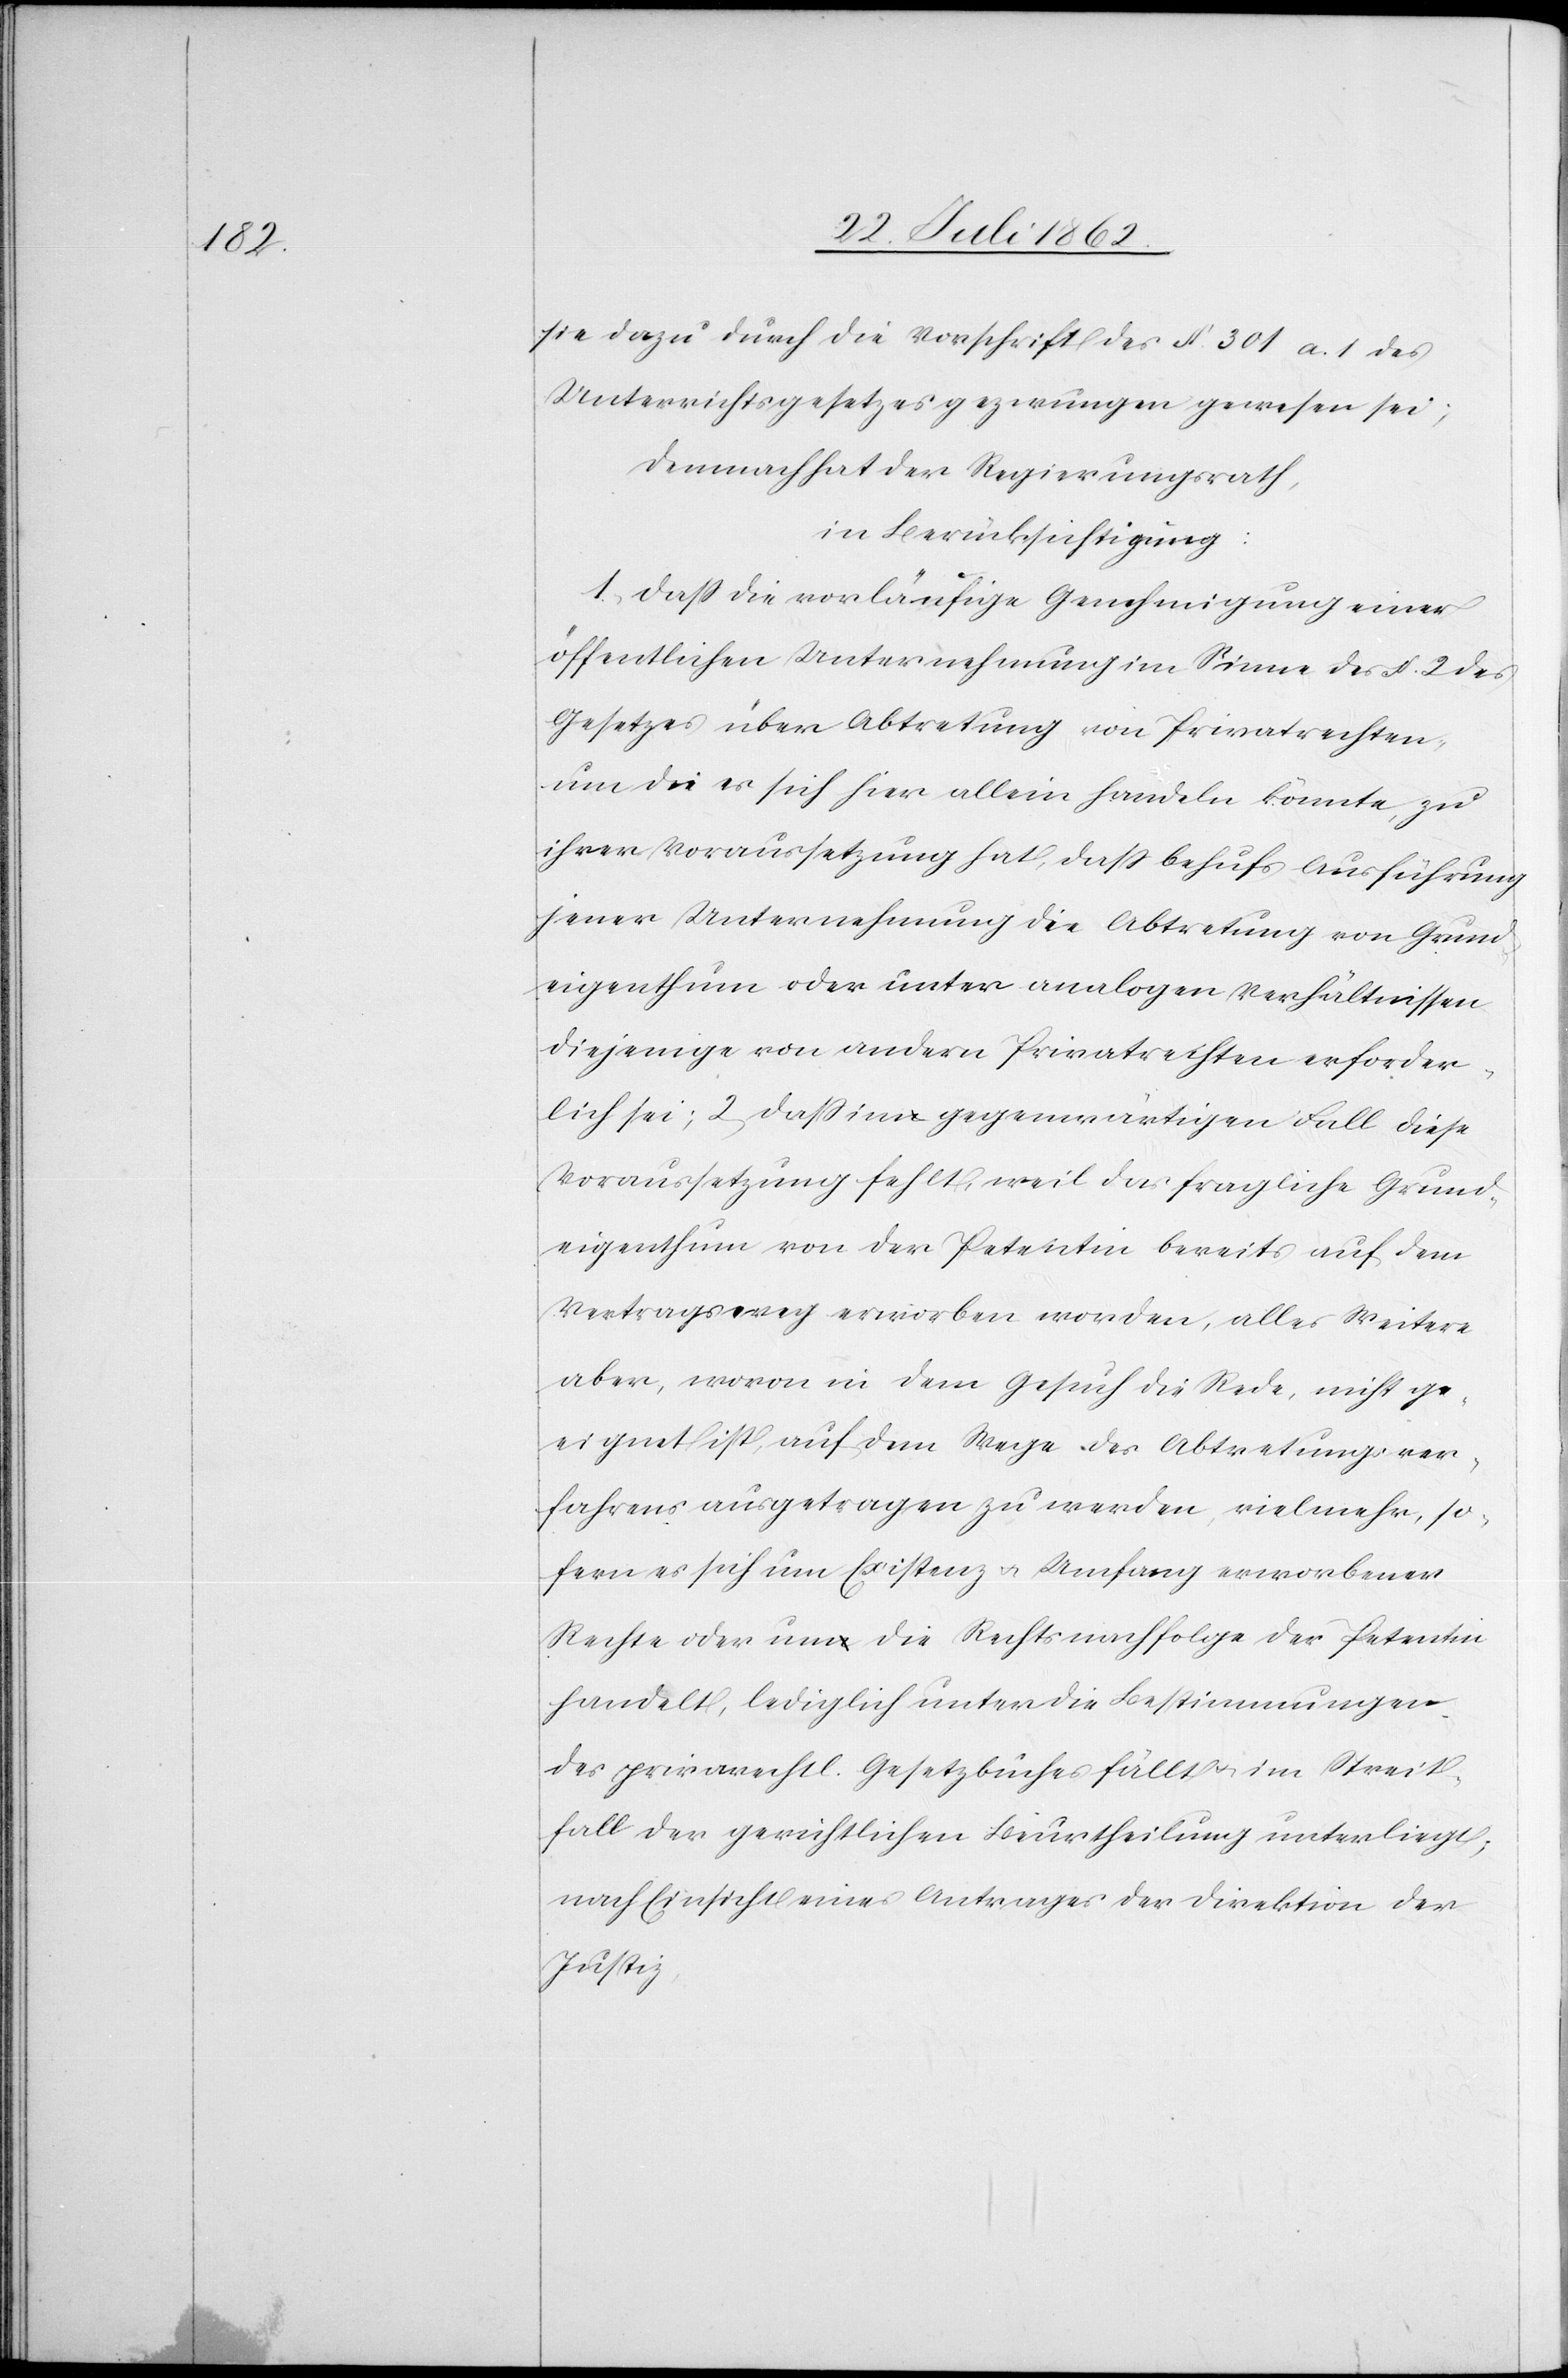
sie dazu durch die Vorschrift des § 301 a 1 des
Unterrichtsgesetzes gezwungen gewesen sei;
Demnach hat der Regierungsrath,
in Berücksichtigung:
1. Daß die vorläufige Genehmigung einer
öffentlichen Unternehmung im Sinne des § 2 des
Gesetzes über Abtretung von Privatrechten,
um die es sich hier allein handeln könnte, zu
ihrer Voraussetzung hat, daß behufs Ausführung
jener Unternehmung die Abtretung von Grund¬
eigenthum oder unter analogen Verhältnissen
diejenige von andern Privatrechten erforder¬
liche sei; 2. daß im gegenwärtigen Fall diese
Voraussetzung fehlt, weil das fragliche Grund¬
eigenthum von der Petentin bereits auf dem
Vertragsweg erworben worden, alles Weitere
aber, wovon in dem Gesuch die Rede, nicht ge¬
eignet ist, auf dem Wege des Abtretungsver¬
fahrens ausgetragen zu werden, vielmehr, so¬
fern es sich um Existenz u. Umfang erworbener
Rechte oder um die Rechtsnachfolge der Petentin
handelt, lediglich unter die Bestimmungen
des privatrechtl. Gesetzbuches fällt u. im Streit¬
fall der gerichtlichen Beurtheilung unterliegt;
nach Einsicht eines Antrages der Direktion der
Justiz,